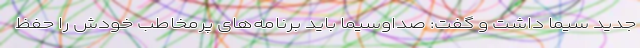
جدید سیما داشت و گفت: صداوسیما باید برنامه‌های پرمخاطب خودش را حفظ